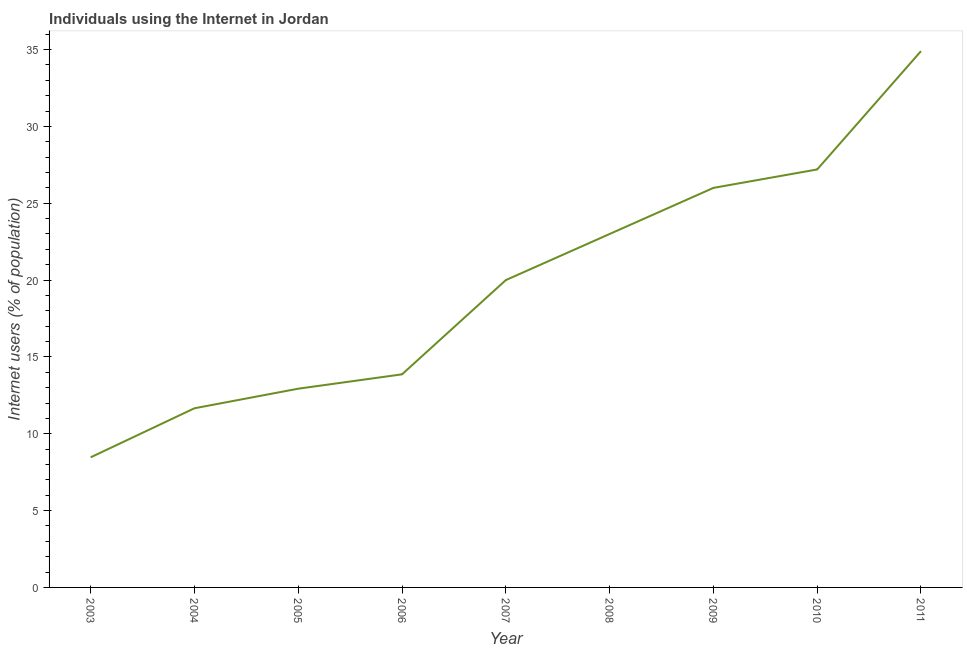
| Year | Internet users |
 | --- | --- |
 | 2003 | 8.47 |
 | 2004 | 11.7 |
 | 2005 | 12.9 |
 | 2006 | 13.9 |
 | 2007 | 20 |
 | 2008 | 23 |
 | 2009 | 26 |
 | 2010 | 27.2 |
 | 2011 | 34.9 |